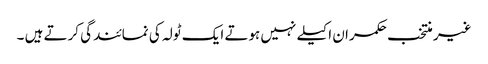
غیر منتخب حکمران اکیلے نہیں ہوتے ایک ٹولہ کی نمائندگی کرتے ہیں ۔